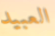
العبيد